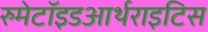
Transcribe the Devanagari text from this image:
रुमेटॉइडआर्थराइटिस